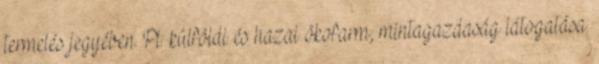
termelés jegyében. Pl: külföldi és hazai ökofarm, mintagazdaság látogatása.